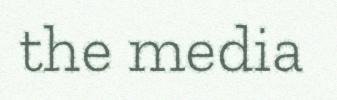
the media